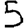
Digit: 5